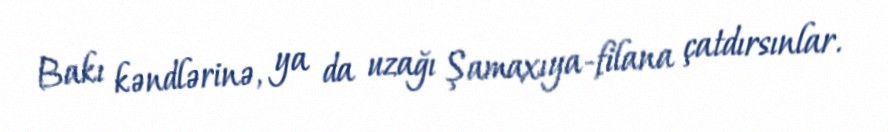
Bakı kəndlərinə, ya da uzağı Şamaxıya-filana çatdırsınlar.